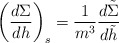
\begin{align*} \left(\frac{d\Sigma}{dh}\right)_s=\frac{1}{m^3}\frac{d\tilde{\Sigma}}{d\tilde{h}}\end{align*}